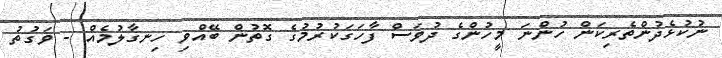
ނުކުޅެދުންތެރިކަން ހުންނަ މީހުންގެ ދުވަސް ފާހަގަކުރުމުގެ ގޮތުން ބޭއްވި ހިނގާލުމެއް - ވަގުތު